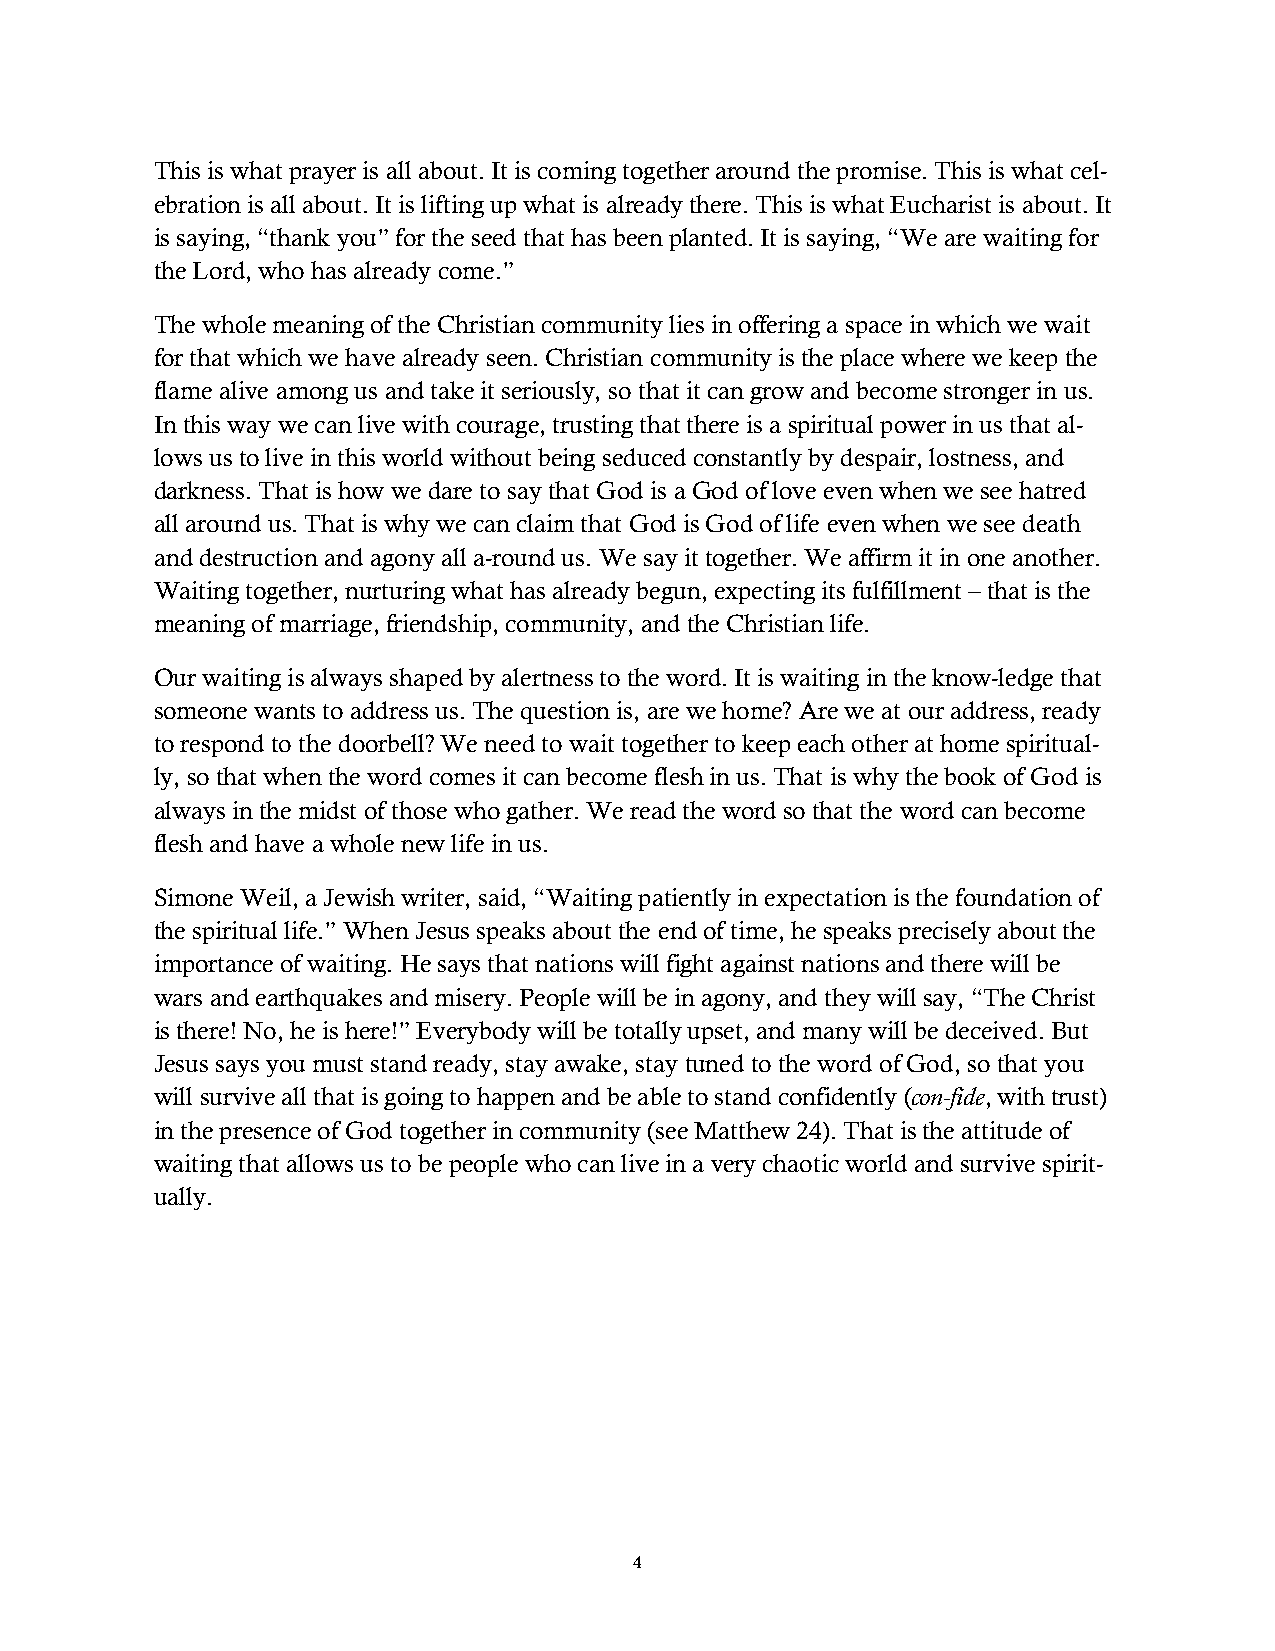
This is what prayer is all about. It is coming together around the promise. This is what cel-
 ebration is all about. It is lifting up what is already there. This is what Eucharist is about. It
 is saying, “thank you” for the seed that has been planted. It is saying, “We are waiting for
 the Lord, who has already come.”
 The whole meaning of the Christian community lies in offering a space in which we wait
 for that which we have already seen. Christian community is the place where we keep the
 flame alive among us and take it seriously, so that it can grow and become stronger in us.
 In this way we can live with courage, trusting that there is a spiritual power in us that al-
 lows us to live in this world without being seduced constantly by despair, lostness, and
 darkness. That is how we dare to say that God is a God of love even when we see hatred
 all around us. That is why we can claim that God is God of life even when we see death
 and destruction and agony all a-round us. We say it together. We affirm it in one another.
 Waiting together, nurturing what has already begun, expecting its fulfillment – that is the
 meaning of marriage, friendship, community, and the Christian life.
 Our waiting is always shaped by alertness to the word. It is waiting in the know-ledge that
 someone wants to address us. The question is, are we home? Are we at our address, ready
 to respond to the doorbell? We need to wait together to keep each other at home spiritual-
 ly, so that when the word comes it can become flesh in us. That is why the book of God is
 always in the midst of those who gather. We read the word so that the word can become
 flesh and have a whole new life in us.
 Simone Weil, a Jewish writer, said, “Waiting patiently in expectation is the foundation of
 the spiritual life.” When Jesus speaks about the end of time, he speaks precisely about the
 importance of waiting. He says that nations will fight against nations and there will be
 wars and earthquakes and misery. People will be in agony, and they will say, “The Christ
 is there! No, he is here!” Everybody will be totally upset, and many will be deceived. But
 Jesus says you must stand ready, stay awake, stay tuned to the word of God, so that you
 will survive all that is going to happen and be able to stand confidently (con-fide, with trust)
 in the presence of God together in community (see Matthew 24). That is the attitude of
 waiting that allows us to be people who can live in a very chaotic world and survive spirit-
 ually.
 4